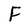
Character: F